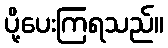
ပို့ပေးကြရသည်။